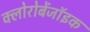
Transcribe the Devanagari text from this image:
क्लोरोबेंजॉइक